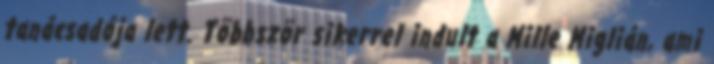
tanácsadója lett. Többször sikerrel indult a Mille Miglián, ami